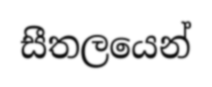
සීතලයෙන්